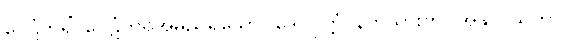
ဝေဋံဘရိံ၊ ဝေဋံဘရိအမည်ရှိသော။ ဒေဝပုတ္တံ၊ နတ်သားကို။ အနွာဝိသိတွာ၊